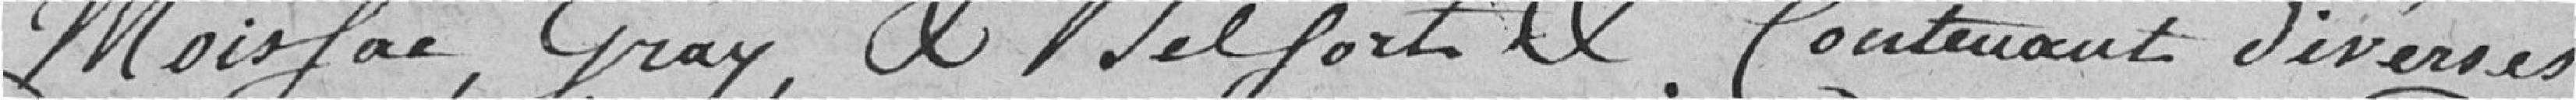
Moissac, Gray, et Belfort et contenant diverses